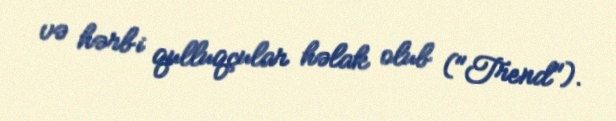
və hərbi qulluqçular həlak olub ("Trend").